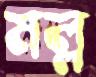
মল্ল